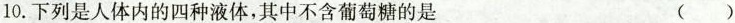
10.下列是人体内的四种液体，其中不含葡萄糖的是 ( )